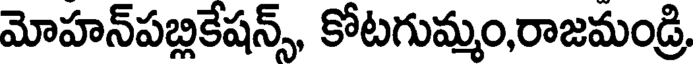
మోహన్పబ్లికేషన్స్, కోటగుమ్మం,రాజమండ్రి,